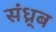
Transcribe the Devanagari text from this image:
संध्र्ब